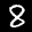
Label: 8